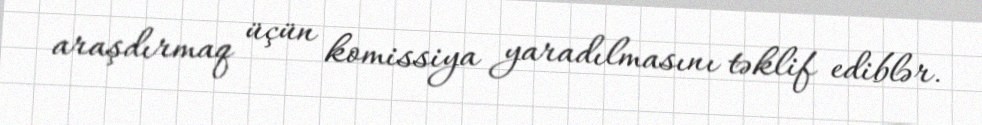
araşdırmaq üçün komissiya yaradılmasını təklif ediblər.